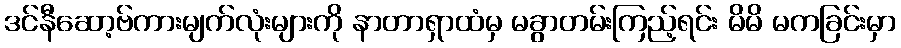
ဒင်နီဆော့ဗ်ကားမျက်လုံးများကို နာတာရှာထံမှ မခွာတမ်းကြည့်ရင်း မိမိ မကခြင်းမှာ